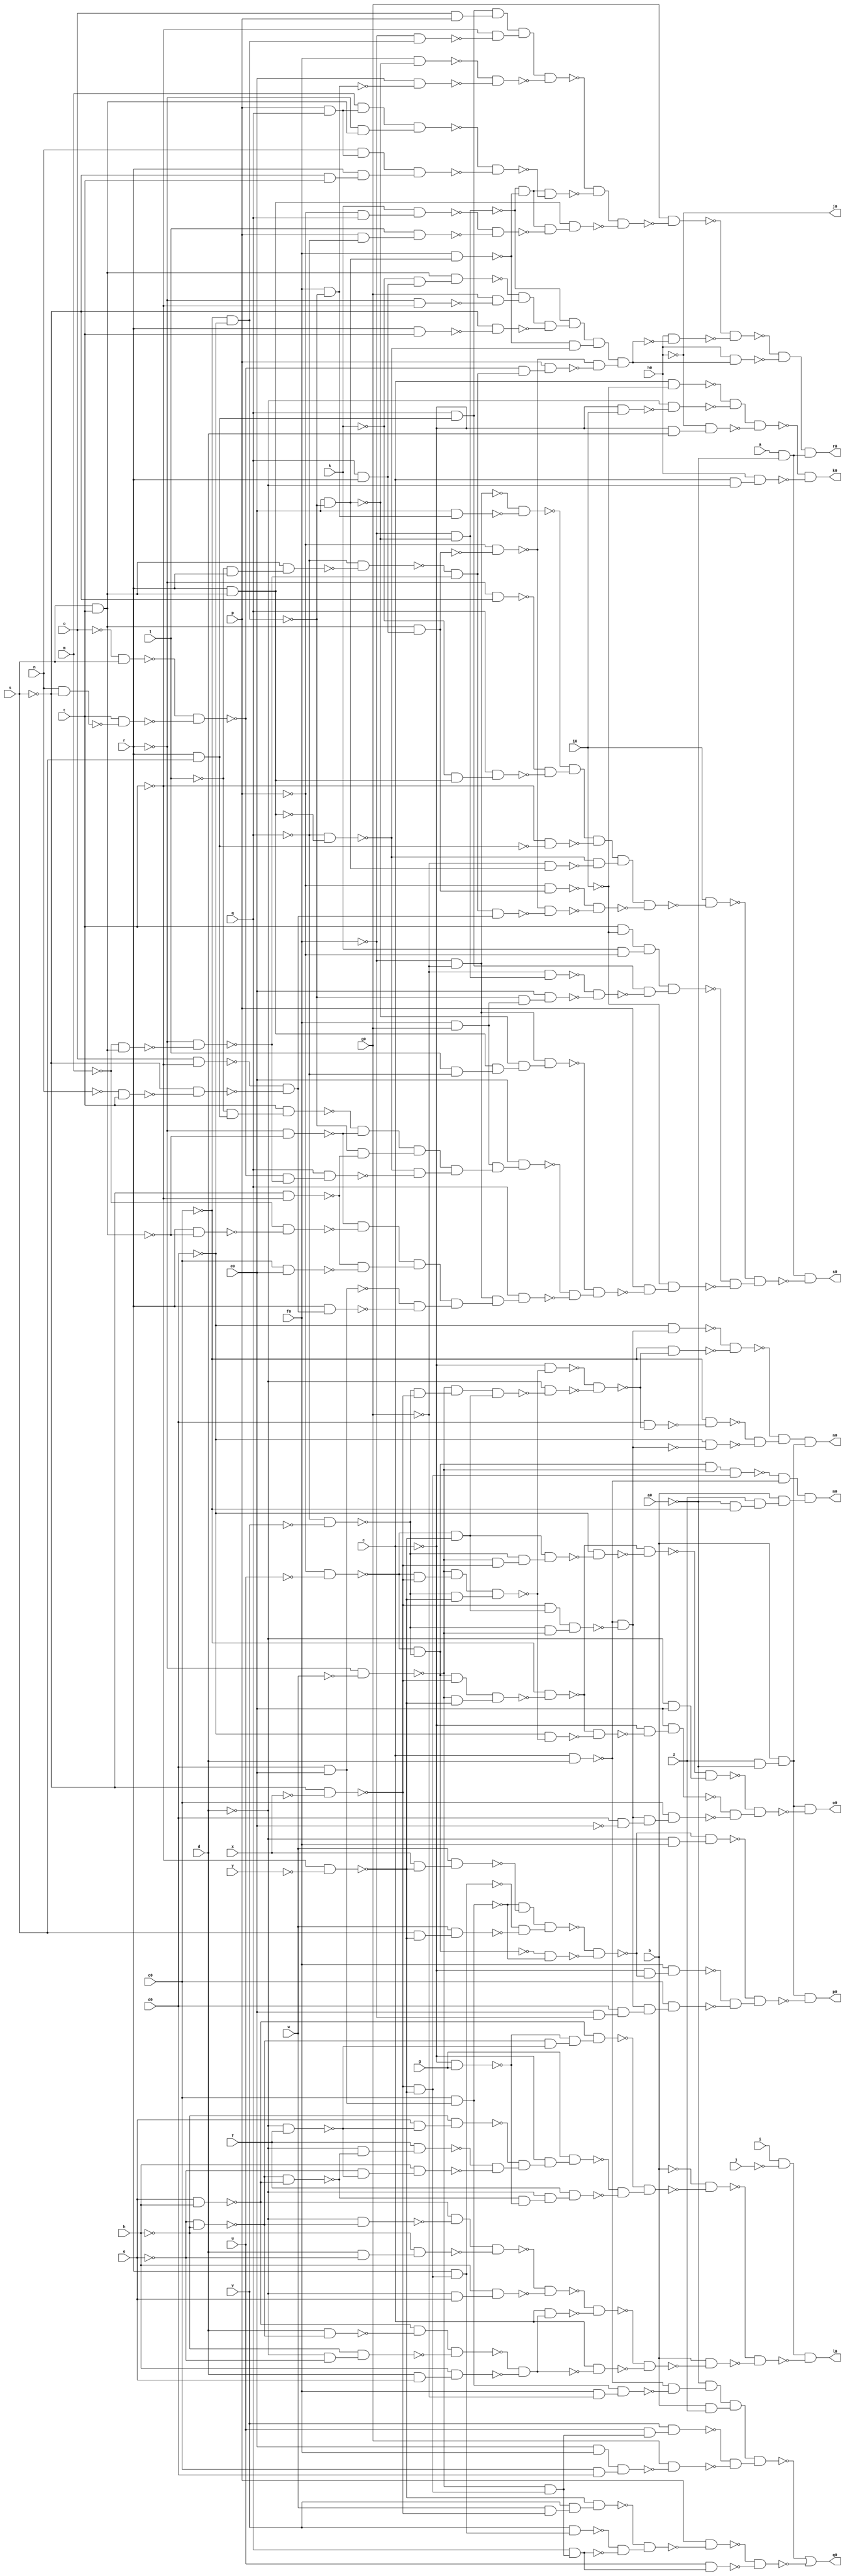
module term1 ( 
    a, b, c, d, e, f, g, h, i, j, k, l, m, n, o, p, q, r, s, t, u, v, w, x,
    y, z, a0, c0, d0, e0, f0, g0, h0, i0,
    j0, k0, l0, m0, n0, o0, p0, q0, r0, s0  );
  input  a, b, c, d, e, f, g, h, i, j, k, l, m, n, o, p, q, r, s, t, u,
    v, w, x, y, z, a0, c0, d0, e0, f0, g0, h0, i0;
  output j0, k0, l0, m0, n0, o0, p0, q0, r0, s0;
  wire new_n45_, new_n46_, new_n47_, new_n48_, new_n49_, new_n50_, new_n51_,
    new_n52_, new_n53_, new_n55_, new_n56_, new_n57_, new_n58_, new_n59_,
    new_n60_, new_n61_, new_n62_, new_n63_, new_n64_, new_n65_, new_n66_,
    new_n67_, new_n68_, new_n69_, new_n70_, new_n71_, new_n72_, new_n73_,
    new_n74_, new_n75_, new_n76_, new_n77_, new_n78_, new_n79_, new_n80_,
    new_n81_, new_n82_, new_n83_, new_n84_, new_n85_, new_n86_, new_n87_,
    new_n88_, new_n89_, new_n90_, new_n91_, new_n92_, new_n93_, new_n94_,
    new_n95_, new_n96_, new_n97_, new_n98_, new_n99_, new_n100_, new_n101_,
    new_n103_, new_n104_, new_n105_, new_n106_, new_n107_, new_n108_,
    new_n109_, new_n110_, new_n111_, new_n112_, new_n113_, new_n114_,
    new_n115_, new_n116_, new_n118_, new_n119_, new_n120_, new_n121_,
    new_n122_, new_n123_, new_n124_, new_n125_, new_n126_, new_n127_,
    new_n128_, new_n129_, new_n130_, new_n131_, new_n132_, new_n133_,
    new_n134_, new_n135_, new_n136_, new_n137_, new_n138_, new_n139_,
    new_n140_, new_n141_, new_n142_, new_n144_, new_n145_, new_n146_,
    new_n147_, new_n148_, new_n149_, new_n150_, new_n151_, new_n152_,
    new_n153_, new_n154_, new_n155_, new_n156_, new_n157_, new_n158_,
    new_n159_, new_n160_, new_n161_, new_n162_, new_n163_, new_n165_,
    new_n166_, new_n167_, new_n168_, new_n169_, new_n170_, new_n171_,
    new_n172_, new_n173_, new_n174_, new_n175_, new_n176_, new_n177_,
    new_n178_, new_n179_, new_n180_, new_n181_, new_n182_, new_n183_,
    new_n184_, new_n185_, new_n186_, new_n188_, new_n189_, new_n190_,
    new_n191_, new_n192_, new_n193_, new_n194_, new_n195_, new_n196_,
    new_n197_, new_n198_, new_n199_, new_n200_, new_n201_, new_n202_,
    new_n203_, new_n204_, new_n205_, new_n206_, new_n207_, new_n208_,
    new_n209_, new_n210_, new_n211_, new_n212_, new_n214_, new_n215_,
    new_n216_, new_n217_, new_n218_, new_n219_, new_n220_, new_n221_,
    new_n222_, new_n223_, new_n224_, new_n225_, new_n226_, new_n227_,
    new_n228_, new_n229_, new_n230_, new_n231_, new_n232_, new_n233_,
    new_n234_, new_n235_, new_n236_, new_n237_, new_n238_, new_n239_,
    new_n240_, new_n241_, new_n242_, new_n243_, new_n244_, new_n245_,
    new_n246_, new_n247_, new_n248_, new_n249_, new_n250_, new_n251_,
    new_n252_, new_n253_, new_n254_, new_n255_, new_n256_, new_n257_,
    new_n258_, new_n259_, new_n260_, new_n261_, new_n262_, new_n263_,
    new_n264_, new_n265_, new_n266_, new_n267_, new_n268_, new_n269_,
    new_n270_, new_n271_, new_n272_, new_n273_, new_n274_, new_n275_,
    new_n276_, new_n277_, new_n278_, new_n279_, new_n280_, new_n281_,
    new_n282_, new_n283_, new_n284_, new_n285_, new_n286_, new_n288_,
    new_n289_, new_n290_, new_n291_, new_n292_, new_n293_, new_n294_,
    new_n295_, new_n296_, new_n297_, new_n298_, new_n299_, new_n300_,
    new_n301_, new_n302_, new_n303_, new_n304_, new_n305_, new_n306_,
    new_n307_, new_n308_, new_n309_, new_n310_, new_n311_, new_n312_,
    new_n313_, new_n314_, new_n315_, new_n316_, new_n317_, new_n318_,
    new_n319_, new_n320_, new_n321_, new_n322_, new_n323_, new_n324_,
    new_n325_, new_n326_, new_n327_, new_n328_, new_n329_, new_n330_,
    new_n331_, new_n332_, new_n333_, new_n334_, new_n335_, new_n336_,
    new_n337_, new_n338_, new_n339_, new_n340_, new_n341_, new_n342_,
    new_n343_, new_n344_, new_n345_, new_n346_, new_n347_, new_n348_,
    new_n349_, new_n350_, new_n351_, new_n352_, new_n353_, new_n354_;
  assign new_n45_ = c & ~i0;
  assign new_n46_ = ~c & i0;
  assign new_n47_ = ~d & ~new_n46_;
  assign new_n48_ = ~new_n45_ & ~new_n47_;
  assign new_n49_ = ~c & d;
  assign new_n50_ = ~h0 & new_n49_;
  assign new_n51_ = new_n48_ & ~new_n50_;
  assign new_n52_ = c & ~d;
  assign new_n53_ = h0 & new_n52_;
  assign k0 = ~new_n51_ & ~new_n53_;
  assign new_n55_ = i & ~j;
  assign new_n56_ = ~e & ~h;
  assign new_n57_ = e & h;
  assign new_n58_ = ~new_n56_ & ~new_n57_;
  assign new_n59_ = ~d & f;
  assign new_n60_ = e & ~new_n59_;
  assign new_n61_ = ~h & new_n60_;
  assign new_n62_ = ~d & ~new_n58_;
  assign new_n63_ = f & new_n62_;
  assign new_n64_ = ~e & ~new_n59_;
  assign new_n65_ = h & new_n64_;
  assign new_n66_ = ~new_n63_ & ~new_n65_;
  assign new_n67_ = ~new_n61_ & new_n66_;
  assign new_n68_ = ~c & g;
  assign new_n69_ = ~new_n58_ & ~new_n68_;
  assign new_n70_ = ~new_n56_ & ~new_n59_;
  assign new_n71_ = ~new_n68_ & new_n70_;
  assign new_n72_ = ~new_n57_ & new_n71_;
  assign new_n73_ = ~c & new_n67_;
  assign new_n74_ = g & new_n73_;
  assign new_n75_ = ~d & new_n69_;
  assign new_n76_ = f & new_n75_;
  assign new_n77_ = ~new_n74_ & ~new_n76_;
  assign new_n78_ = ~new_n72_ & new_n77_;
  assign new_n79_ = ~d & ~new_n56_;
  assign new_n80_ = ~new_n57_ & ~new_n79_;
  assign new_n81_ = d & ~e;
  assign new_n82_ = ~h & new_n81_;
  assign new_n83_ = new_n80_ & ~new_n82_;
  assign new_n84_ = ~d & e;
  assign new_n85_ = h & new_n84_;
  assign new_n86_ = ~new_n83_ & ~new_n85_;
  assign new_n87_ = d & ~new_n56_;
  assign new_n88_ = ~new_n57_ & ~new_n87_;
  assign new_n89_ = ~d & ~e;
  assign new_n90_ = ~h & new_n89_;
  assign new_n91_ = new_n88_ & ~new_n90_;
  assign new_n92_ = d & e;
  assign new_n93_ = h & new_n92_;
  assign new_n94_ = ~new_n91_ & ~new_n93_;
  assign new_n95_ = c & new_n94_;
  assign new_n96_ = ~new_n86_ & ~new_n95_;
  assign new_n97_ = c & ~new_n94_;
  assign new_n98_ = ~new_n96_ & ~new_n97_;
  assign new_n99_ = ~b & ~new_n78_;
  assign new_n100_ = b & ~new_n98_;
  assign new_n101_ = ~new_n99_ & ~new_n100_;
  assign l0 = new_n55_ & ~new_n101_;
  assign new_n103_ = ~a0 & ~c0;
  assign new_n104_ = z & new_n103_;
  assign new_n105_ = ~p & ~u;
  assign new_n106_ = ~q & ~v;
  assign new_n107_ = ~new_n105_ & ~new_n106_;
  assign new_n108_ = ~r & ~w;
  assign new_n109_ = new_n107_ & ~new_n108_;
  assign new_n110_ = ~s & ~x;
  assign new_n111_ = ~t & ~y;
  assign new_n112_ = ~new_n110_ & ~new_n111_;
  assign new_n113_ = new_n109_ & new_n112_;
  assign new_n114_ = c & d;
  assign new_n115_ = ~new_n113_ & ~new_n114_;
  assign new_n116_ = b & new_n104_;
  assign m0 = new_n115_ & new_n116_;
  assign new_n118_ = z & ~a0;
  assign new_n119_ = ~new_n105_ & ~new_n110_;
  assign new_n120_ = ~new_n108_ & new_n119_;
  assign new_n121_ = ~new_n106_ & ~new_n111_;
  assign new_n122_ = new_n120_ & new_n121_;
  assign new_n123_ = ~new_n106_ & ~new_n110_;
  assign new_n124_ = ~new_n108_ & new_n123_;
  assign new_n125_ = ~new_n105_ & ~new_n111_;
  assign new_n126_ = new_n124_ & new_n125_;
  assign new_n127_ = ~c & ~new_n122_;
  assign new_n128_ = ~d & ~new_n126_;
  assign new_n129_ = ~new_n127_ & ~new_n128_;
  assign new_n130_ = ~new_n110_ & new_n125_;
  assign new_n131_ = ~new_n106_ & ~new_n108_;
  assign new_n132_ = new_n130_ & new_n131_;
  assign new_n133_ = ~new_n114_ & ~new_n132_;
  assign new_n134_ = ~d0 & new_n133_;
  assign new_n135_ = ~c0 & ~new_n129_;
  assign new_n136_ = ~new_n134_ & ~new_n135_;
  assign new_n137_ = d0 & ~new_n129_;
  assign new_n138_ = ~c0 & ~new_n137_;
  assign new_n139_ = ~d0 & ~new_n133_;
  assign new_n140_ = ~new_n138_ & ~new_n139_;
  assign new_n141_ = ~new_n136_ & new_n140_;
  assign new_n142_ = b & new_n118_;
  assign n0 = new_n141_ & new_n142_;
  assign new_n144_ = d0 & ~e0;
  assign new_n145_ = new_n107_ & ~new_n110_;
  assign new_n146_ = ~new_n108_ & ~new_n111_;
  assign new_n147_ = new_n145_ & new_n146_;
  assign new_n148_ = ~c0 & ~new_n147_;
  assign new_n149_ = ~d0 & ~new_n122_;
  assign new_n150_ = ~new_n148_ & ~new_n149_;
  assign new_n151_ = ~new_n108_ & ~new_n110_;
  assign new_n152_ = ~new_n106_ & new_n151_;
  assign new_n153_ = new_n125_ & new_n152_;
  assign new_n154_ = ~d0 & ~new_n153_;
  assign new_n155_ = ~new_n148_ & ~new_n154_;
  assign new_n156_ = ~d & e0;
  assign new_n157_ = ~new_n155_ & new_n156_;
  assign new_n158_ = ~c & ~new_n150_;
  assign new_n159_ = e0 & new_n158_;
  assign new_n160_ = new_n133_ & new_n144_;
  assign new_n161_ = c0 & new_n160_;
  assign new_n162_ = ~new_n159_ & ~new_n161_;
  assign new_n163_ = ~new_n157_ & new_n162_;
  assign o0 = new_n142_ & ~new_n163_;
  assign new_n165_ = e0 & ~f0;
  assign new_n166_ = d0 & new_n165_;
  assign new_n167_ = d0 & e0;
  assign new_n168_ = c0 & new_n167_;
  assign new_n169_ = x & ~new_n111_;
  assign new_n170_ = w & new_n169_;
  assign new_n171_ = ~new_n168_ & ~new_n170_;
  assign new_n172_ = r & new_n112_;
  assign new_n173_ = s & ~new_n111_;
  assign new_n174_ = w & new_n173_;
  assign new_n175_ = ~new_n172_ & ~new_n174_;
  assign new_n176_ = new_n171_ & new_n175_;
  assign new_n177_ = ~new_n107_ & ~new_n168_;
  assign new_n178_ = ~new_n176_ & ~new_n177_;
  assign new_n179_ = ~d & f0;
  assign new_n180_ = ~new_n178_ & new_n179_;
  assign new_n181_ = ~c & ~new_n178_;
  assign new_n182_ = f0 & new_n181_;
  assign new_n183_ = new_n133_ & new_n166_;
  assign new_n184_ = c0 & new_n183_;
  assign new_n185_ = ~new_n182_ & ~new_n184_;
  assign new_n186_ = ~new_n180_ & new_n185_;
  assign p0 = new_n142_ & ~new_n186_;
  assign new_n188_ = ~new_n108_ & new_n112_;
  assign new_n189_ = w & ~new_n110_;
  assign new_n190_ = v & new_n189_;
  assign new_n191_ = ~new_n111_ & new_n190_;
  assign new_n192_ = v & new_n172_;
  assign new_n193_ = q & new_n188_;
  assign new_n194_ = ~new_n192_ & ~new_n193_;
  assign new_n195_ = ~new_n191_ & new_n194_;
  assign new_n196_ = e0 & f0;
  assign new_n197_ = c0 & d0;
  assign new_n198_ = new_n196_ & new_n197_;
  assign new_n199_ = f0 & ~g0;
  assign new_n200_ = new_n168_ & new_n199_;
  assign new_n201_ = ~new_n114_ & ~new_n200_;
  assign new_n202_ = ~a0 & new_n201_;
  assign new_n203_ = b & z;
  assign new_n204_ = new_n202_ & new_n203_;
  assign new_n205_ = u & new_n188_;
  assign new_n206_ = v & new_n205_;
  assign new_n207_ = g0 & ~new_n198_;
  assign new_n208_ = ~new_n206_ & ~new_n207_;
  assign new_n209_ = new_n204_ & new_n208_;
  assign new_n210_ = p & ~new_n195_;
  assign new_n211_ = u & new_n193_;
  assign new_n212_ = ~new_n210_ & ~new_n211_;
  assign q0 = ~new_n209_ | ~new_n212_;
  assign new_n214_ = s & t;
  assign new_n215_ = r & new_n214_;
  assign new_n216_ = ~p & q;
  assign new_n217_ = k & new_n216_;
  assign new_n218_ = ~c0 & ~d0;
  assign new_n219_ = e0 & ~new_n218_;
  assign new_n220_ = ~f0 & ~new_n219_;
  assign new_n221_ = f0 & new_n219_;
  assign new_n222_ = ~new_n220_ & ~new_n221_;
  assign new_n223_ = p & ~q;
  assign new_n224_ = l & new_n223_;
  assign new_n225_ = p & q;
  assign new_n226_ = m & new_n225_;
  assign new_n227_ = ~r & new_n214_;
  assign new_n228_ = n & new_n225_;
  assign new_n229_ = ~s & t;
  assign new_n230_ = r & new_n229_;
  assign new_n231_ = r & s;
  assign new_n232_ = q & new_n231_;
  assign new_n233_ = o & p;
  assign new_n234_ = new_n232_ & new_n233_;
  assign new_n235_ = ~f0 & new_n218_;
  assign new_n236_ = ~t & ~new_n235_;
  assign new_n237_ = new_n234_ & new_n236_;
  assign new_n238_ = f0 & ~new_n219_;
  assign new_n239_ = f0 & ~new_n218_;
  assign new_n240_ = e0 & ~new_n239_;
  assign new_n241_ = ~new_n238_ & ~new_n240_;
  assign new_n242_ = new_n237_ & ~new_n241_;
  assign new_n243_ = new_n226_ & new_n227_;
  assign new_n244_ = new_n228_ & new_n230_;
  assign new_n245_ = ~new_n243_ & ~new_n244_;
  assign new_n246_ = new_n222_ & ~new_n245_;
  assign new_n247_ = ~new_n242_ & ~new_n246_;
  assign new_n248_ = ~new_n217_ & ~new_n224_;
  assign new_n249_ = new_n222_ & ~new_n248_;
  assign new_n250_ = new_n215_ & new_n249_;
  assign new_n251_ = new_n247_ & ~new_n250_;
  assign new_n252_ = ~l & r;
  assign new_n253_ = new_n214_ & new_n252_;
  assign new_n254_ = ~m & new_n214_;
  assign new_n255_ = ~o & s;
  assign new_n256_ = n & ~s;
  assign new_n257_ = t & ~new_n256_;
  assign new_n258_ = ~new_n255_ & ~new_n257_;
  assign new_n259_ = ~q & ~new_n253_;
  assign new_n260_ = ~r & ~new_n254_;
  assign new_n261_ = ~new_n259_ & ~new_n260_;
  assign new_n262_ = ~new_n258_ & new_n261_;
  assign new_n263_ = q & r;
  assign new_n264_ = new_n214_ & new_n263_;
  assign new_n265_ = ~k & new_n263_;
  assign new_n266_ = new_n214_ & new_n265_;
  assign new_n267_ = ~r & ~t;
  assign new_n268_ = g0 & ~new_n267_;
  assign new_n269_ = ~new_n266_ & new_n268_;
  assign new_n270_ = r & t;
  assign new_n271_ = ~s & ~new_n270_;
  assign new_n272_ = new_n269_ & ~new_n271_;
  assign new_n273_ = ~new_n220_ & new_n272_;
  assign new_n274_ = ~q & ~new_n215_;
  assign new_n275_ = ~new_n221_ & ~new_n274_;
  assign new_n276_ = new_n273_ & new_n275_;
  assign new_n277_ = ~p & ~new_n264_;
  assign new_n278_ = p & new_n262_;
  assign new_n279_ = ~new_n277_ & ~new_n278_;
  assign new_n280_ = new_n276_ & new_n279_;
  assign new_n281_ = g0 & ~new_n251_;
  assign new_n282_ = h0 & ~new_n280_;
  assign new_n283_ = ~new_n281_ & ~new_n282_;
  assign new_n284_ = h0 & new_n280_;
  assign new_n285_ = ~new_n283_ & ~new_n284_;
  assign new_n286_ = a & ~a0;
  assign r0 = new_n285_ & new_n286_;
  assign new_n288_ = t & ~i0;
  assign new_n289_ = k & ~p;
  assign new_n290_ = new_n288_ & new_n289_;
  assign new_n291_ = f0 & g0;
  assign new_n292_ = ~g0 & new_n220_;
  assign new_n293_ = ~new_n218_ & new_n291_;
  assign new_n294_ = e0 & new_n293_;
  assign new_n295_ = ~new_n292_ & ~new_n294_;
  assign new_n296_ = ~new_n258_ & ~new_n260_;
  assign new_n297_ = ~l & new_n231_;
  assign new_n298_ = t & new_n297_;
  assign new_n299_ = ~r & ~new_n214_;
  assign new_n300_ = ~new_n298_ & ~new_n299_;
  assign new_n301_ = ~s & ~t;
  assign new_n302_ = ~new_n218_ & ~new_n301_;
  assign new_n303_ = new_n300_ & new_n302_;
  assign new_n304_ = q & new_n296_;
  assign new_n305_ = ~new_n274_ & ~new_n304_;
  assign new_n306_ = new_n303_ & new_n305_;
  assign new_n307_ = ~f0 & ~g0;
  assign new_n308_ = o & ~t;
  assign new_n309_ = ~n & t;
  assign new_n310_ = ~s & ~new_n309_;
  assign new_n311_ = ~new_n308_ & ~new_n310_;
  assign new_n312_ = r & ~new_n214_;
  assign new_n313_ = ~m & ~new_n312_;
  assign new_n314_ = ~new_n299_ & ~new_n313_;
  assign new_n315_ = c0 & e0;
  assign new_n316_ = ~new_n301_ & ~new_n315_;
  assign new_n317_ = new_n314_ & new_n316_;
  assign new_n318_ = r & new_n311_;
  assign new_n319_ = ~new_n167_ & ~new_n318_;
  assign new_n320_ = new_n317_ & new_n319_;
  assign new_n321_ = l & ~q;
  assign new_n322_ = new_n215_ & new_n321_;
  assign new_n323_ = ~new_n219_ & new_n322_;
  assign new_n324_ = new_n307_ & new_n323_;
  assign new_n325_ = new_n291_ & new_n306_;
  assign new_n326_ = e0 & new_n325_;
  assign new_n327_ = new_n307_ & new_n320_;
  assign new_n328_ = q & new_n327_;
  assign new_n329_ = ~new_n326_ & ~new_n328_;
  assign new_n330_ = ~new_n324_ & new_n329_;
  assign new_n331_ = new_n261_ & new_n311_;
  assign new_n332_ = e0 & new_n239_;
  assign new_n333_ = ~new_n307_ & ~new_n332_;
  assign new_n334_ = ~r & ~s;
  assign new_n335_ = ~k & new_n215_;
  assign new_n336_ = q & new_n335_;
  assign new_n337_ = ~new_n334_ & ~new_n336_;
  assign new_n338_ = ~new_n333_ & new_n337_;
  assign new_n339_ = ~t & ~new_n231_;
  assign new_n340_ = new_n338_ & ~new_n339_;
  assign new_n341_ = ~g0 & new_n219_;
  assign new_n342_ = ~new_n274_ & ~new_n341_;
  assign new_n343_ = new_n340_ & new_n342_;
  assign new_n344_ = ~p & new_n264_;
  assign new_n345_ = ~new_n277_ & ~new_n331_;
  assign new_n346_ = ~new_n344_ & ~new_n345_;
  assign new_n347_ = new_n343_ & ~new_n346_;
  assign new_n348_ = i0 & ~new_n347_;
  assign new_n349_ = new_n232_ & ~new_n295_;
  assign new_n350_ = new_n290_ & new_n349_;
  assign new_n351_ = p & ~new_n330_;
  assign new_n352_ = ~i0 & new_n351_;
  assign new_n353_ = ~new_n350_ & ~new_n352_;
  assign new_n354_ = ~new_n348_ & new_n353_;
  assign s0 = new_n286_ & ~new_n354_;
  assign j0 = ~h0;
endmodule